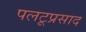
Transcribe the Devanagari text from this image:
पलटूप्रसाद